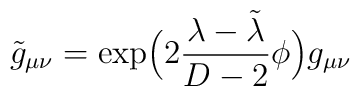
\tilde{g}_{\mu\nu}=\exp\!\Big(2\frac{\lambda-\tilde{\lambda}}{D-2}\phi\Big)g_{\mu\nu}